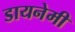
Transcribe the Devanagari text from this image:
डायनेमी